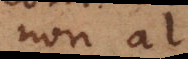
non al